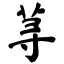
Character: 荨